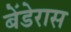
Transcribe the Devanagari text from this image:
बेंडेरास